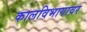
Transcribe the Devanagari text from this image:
कालविभागावर